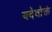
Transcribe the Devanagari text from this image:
यदेवोक्तं